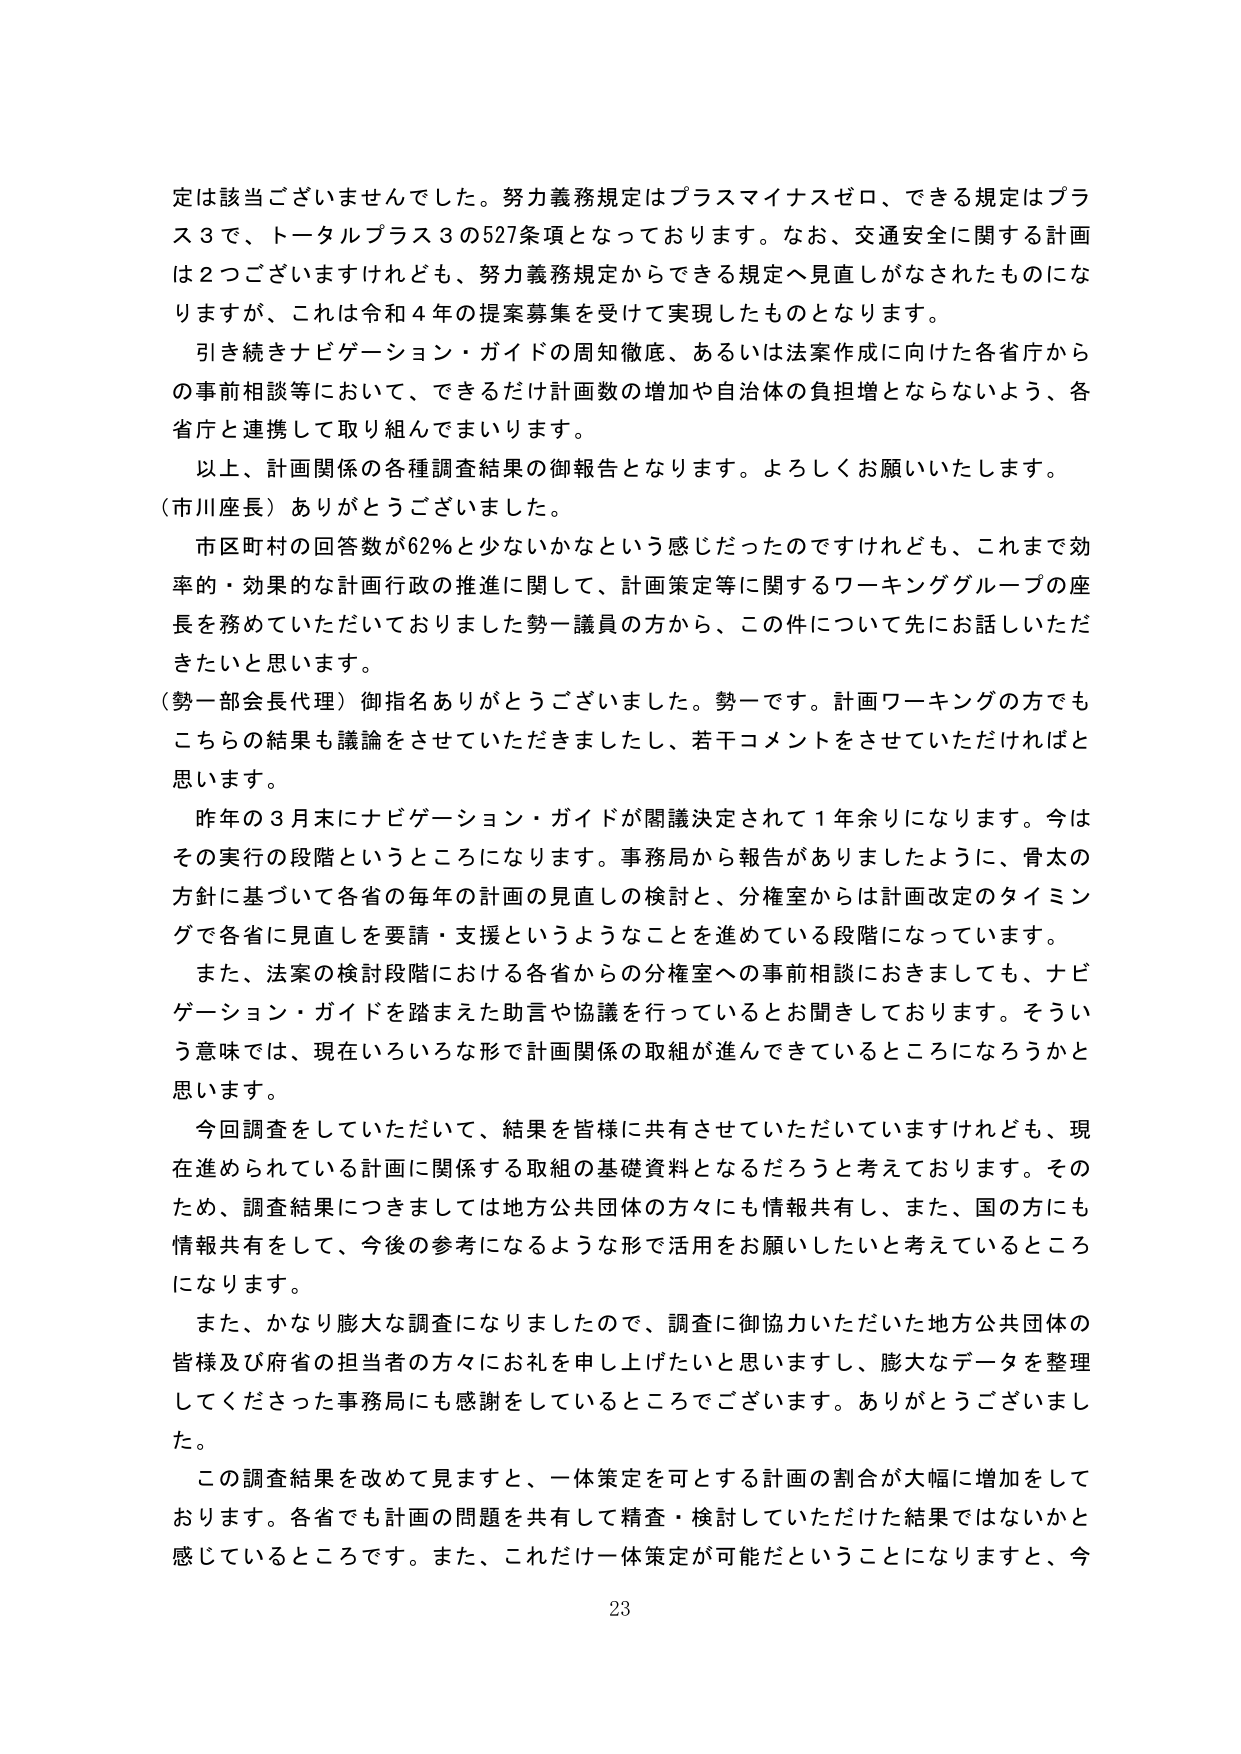
定は該当ございませんでした。努力義務規定はプラスマイナスゼロ、できる規定はプラス３で、トータルプラス３の527条項となっております。なお、交通安全に関する計画は２つございますけれども、努力義務規定からできる規定へ見直しがなされたものになりますが、これは令和４年の提案募集を受けて実現したものとなります。

引き続きナビゲーション・ガイドの周知徹底、あるいは法案作成に向けた各省庁からの事前相談等において、できるだけ計画数の増加や自治体の負担増とならないよう、各省庁と連携して取り組んでまいります。

以上、計画関係の各種調査結果の御報告となります。よろしくお願いいたします。

（市川座長）ありがとうございました。

市区町村の回答数が62％と少ないかなという感じだったのですけれども、これまで効率的・効果的な計画行政の推進に関して、計画策定等に関するワーキンググループの座長を務めていただいておりました勢一議員の方から、この件について先にお話しいただきたいと思います。

（勢一部会長代理）御指名ありがとうございました。勢一です。計画ワーキングの方でもこちらの結果も議論をさせていただきましたし、若干コメントをさせていただければと思います。

昨年の３月末にナビゲーション・ガイドが閣議決定されて１年余りになります。今はその実行の段階というところになります。事務局から報告がありましたように、骨太の方針に基づいて各省の毎年の計画の見直しの検討と、分権室からは計画改定のタイミングで各省に見直しを要請・支援というようなことを進めている段階になっています。

また、法案の検討段階における各省からの分権室への事前相談におきましても、ナビゲーション・ガイドを踏まえた助言や協議を行っているとお聞きしております。そういう意味では、現在いろいろな形で計画関係の取組が進んできているところになろうかと思います。

今回調査をしていただいて、結果を皆様に共有させていただいていますけれども、現在進められている計画に関係する取組の基礎資料となるだろうと考えております。そのため、調査結果につきましては地方公共団体の方々にも情報共有し、また、国の方にも情報共有をして、今後の参考になるような形で活用をお願いしたいと考えているところになります。

また、かなり膨大な調査になりましたので、調査に御協力いただいた地方公共団体の皆様及び府省の担当者の方々にお礼を申し上げたいと思いますし、膨大なデータを整理してくださった事務局にも感謝をしているところでございます。ありがとうございました。

この調査結果を改めて見ますと、一体策定を可とする計画の割合が大幅に増加をしております。各省でも計画の問題を共有して精査・検討していただけた結果ではないかと感じているところです。また、これだけ一体策定が可能だということになりますと、今

23